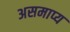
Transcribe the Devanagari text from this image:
असमाप्य